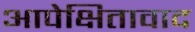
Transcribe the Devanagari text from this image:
आपेक्षितावाद